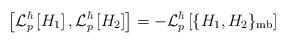
LaTeX: \begin{align*}\left[ {\cal L}_p^\hbar \left[ H_1 \right],{\cal L}_p^\hbar \left[ H_2 \right] \right] =- {\cal L}_p^\hbar \left[ \{H_1, H_2\}_{\rm mb} \right]\end{align*}